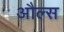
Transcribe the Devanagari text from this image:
औल्स